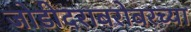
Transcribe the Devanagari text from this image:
जोडीदराबरोबरच्या